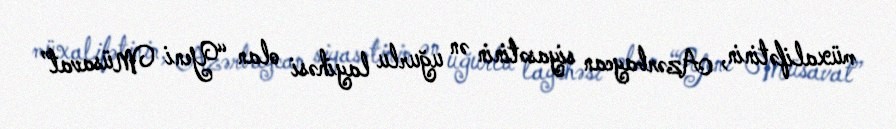
müxalifətinin, Azərbaycan siyasətinin ən uğurlu layihəsi olan “Yeni Müsavat”